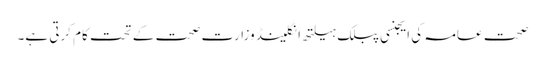
صحت عامہ کی ایجنسی پبلک ہیلتھ انگلینڈ وزارتِ صحت کے تحت کام کرتی ہے۔